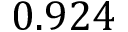
0 . 9 2 4